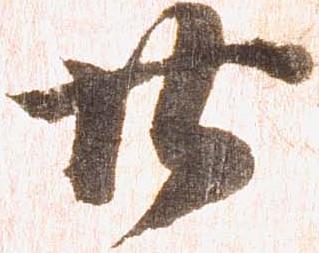
廿